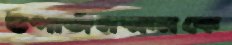
উপার্জনক্ষমকে